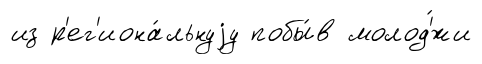
из р'ег'иона́льнуjу побы́в молод'́жи